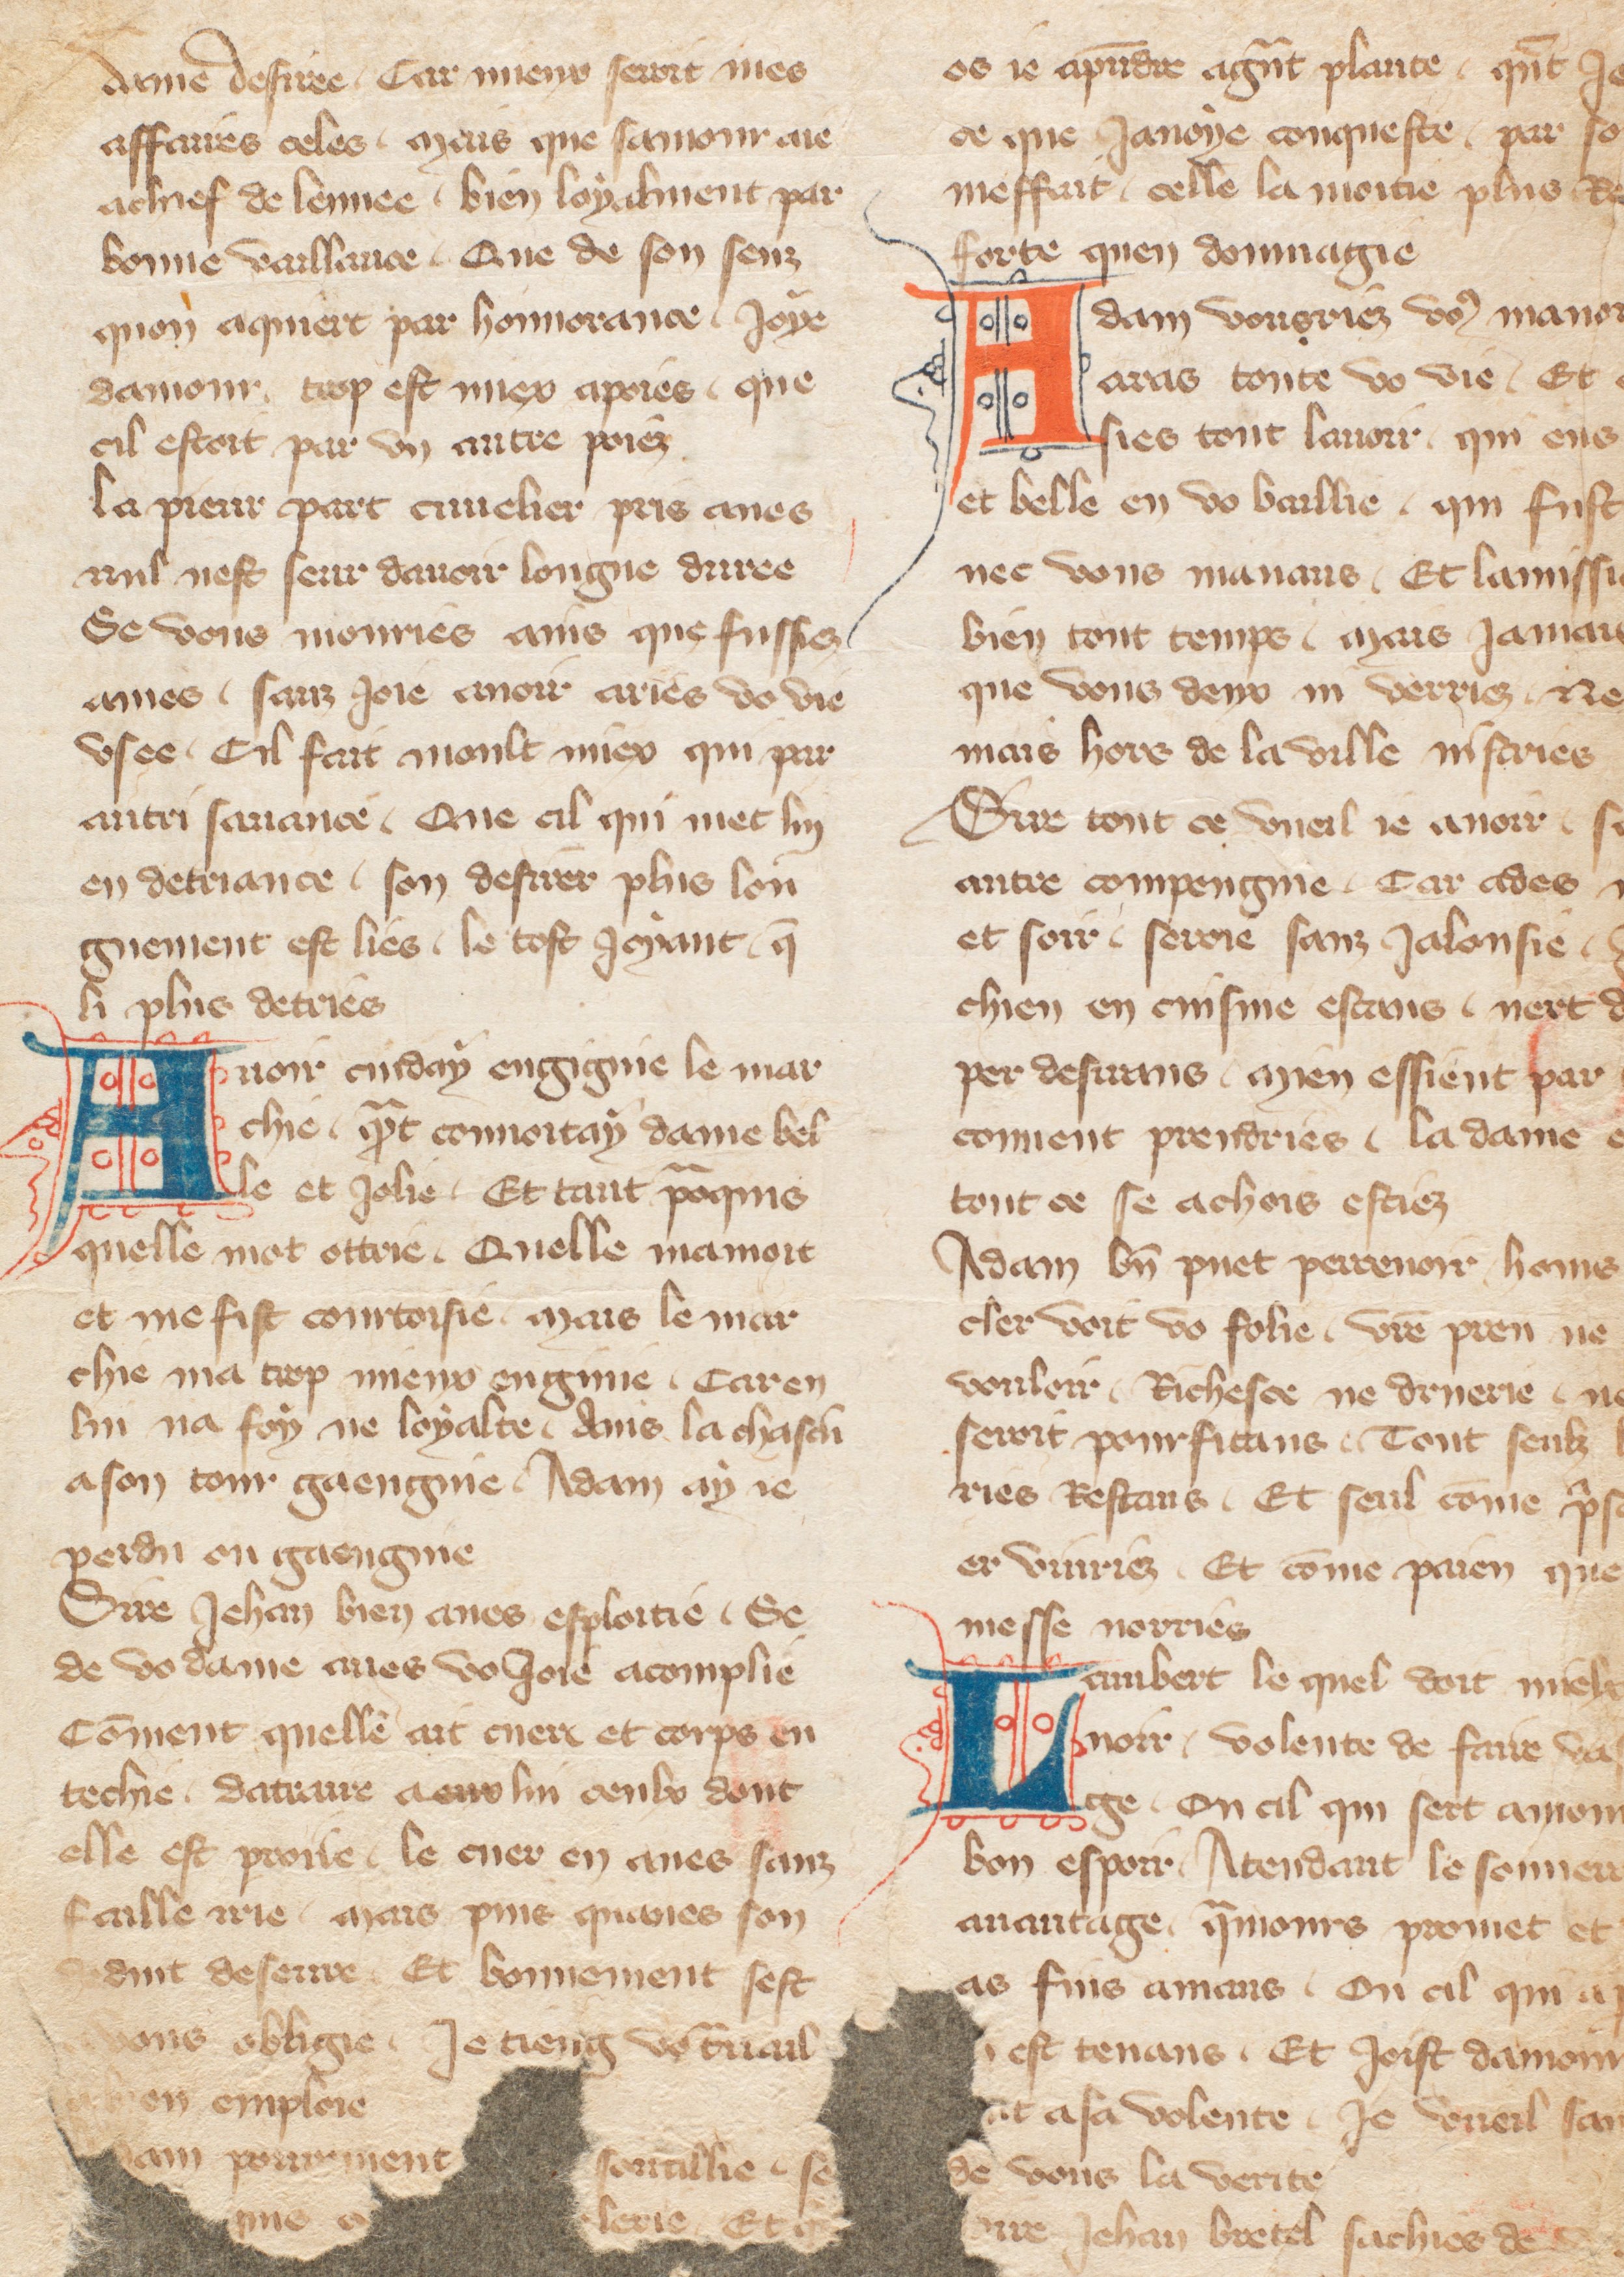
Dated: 1355–1395